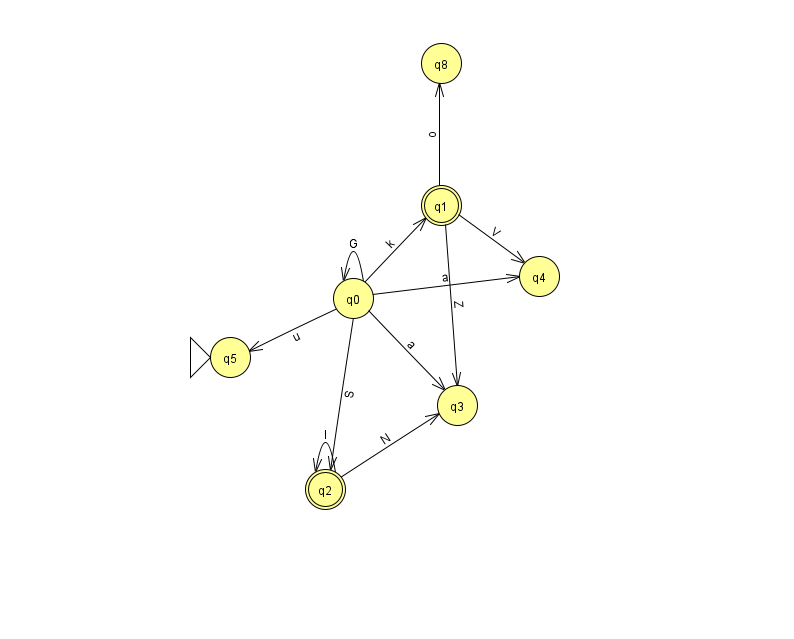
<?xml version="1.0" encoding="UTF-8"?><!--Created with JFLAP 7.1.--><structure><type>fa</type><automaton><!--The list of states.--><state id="0" name="q0"><x>353.0</x><y>285.0</y></state><state id="1" name="q1"><x>441.0</x><y>192.0</y><final/></state><state id="2" name="q2"><x>325.0</x><y>476.0</y><final/></state><state id="3" name="q3"><x>457.0</x><y>392.0</y></state><state id="4" name="q4"><x>539.0</x><y>263.0</y></state><state id="5" name="q5"><x>230.0</x><y>344.0</y><initial/></state><state id="8" name="q8"><x>441.0</x><y>50.0</y></state><!--The list of transitions.--><transition><from>0</from><to>3</to><read>a</read></transition><transition><from>0</from><to>5</to><read>u</read></transition><transition><from>2</from><to>3</to><read>N</read></transition><transition><from>0</from><to>0</to><read>G</read></transition><transition><from>0</from><to>2</to><read>S</read></transition><transition><from>1</from><to>4</to><read>V</read></transition><transition><from>1</from><to>8</to><read>o</read></transition><transition><from>2</from><to>2</to><read>I</read></transition><transition><from>0</from><to>4</to><read>a</read></transition><transition><from>1</from><to>3</to><read>Z</read></transition><transition><from>0</from><to>1</to><read>k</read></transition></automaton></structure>